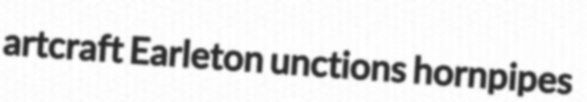
artcraft Earleton unctions hornpipes